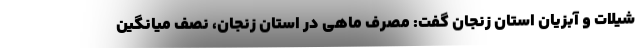
شیلات و آبزیان استان زنجان گفت: مصرف ماهی در استان زنجان، نصف میانگین